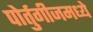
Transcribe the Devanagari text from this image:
पोर्तुगीजमध्ये